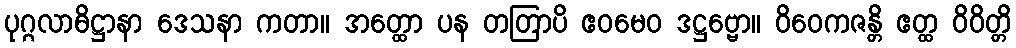
ပုဂ္ဂလာဓိဋ္ဌာနာ ဒေသနာ ကတာ။ အတ္ထော ပန တတြာပိ ဧဝမေဝ ဒဋ္ဌဗ္ဗော။ ဝိဝေကဇန္တိ ဧတ္ထ ဝိဝိတ္တိ